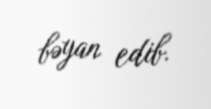
bəyan edib.